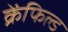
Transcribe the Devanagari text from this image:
क्रेंफिल्ड